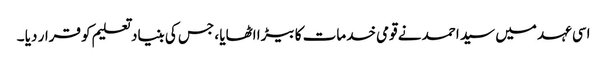
اسی عہد میں سید احمد نے قومی خدمات کا بیڑا اٹھایا ، جس کی بنیاد تعلیم کو قرار دیا ۔